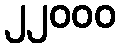
၂၂၀၀၀